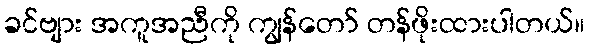
ခင်ဗျား အကူအညီကို ကျွန်တော် တန်ဖိုးထားပါတယ်။